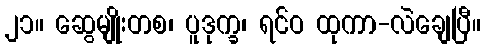
၂၁။ ဆွေမျိုးတစ၊ ပူဒုက္ခ၊ ရင်ဝ ထုကာ-လဲချေပြီ။